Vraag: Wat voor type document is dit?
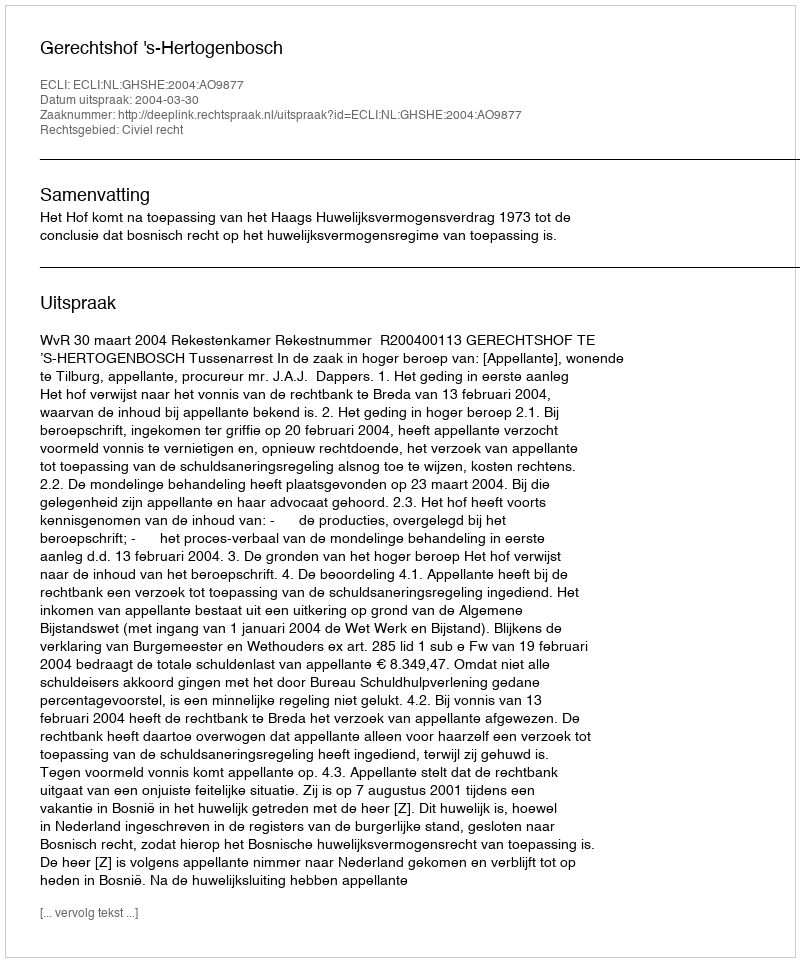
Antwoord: Uitspraak